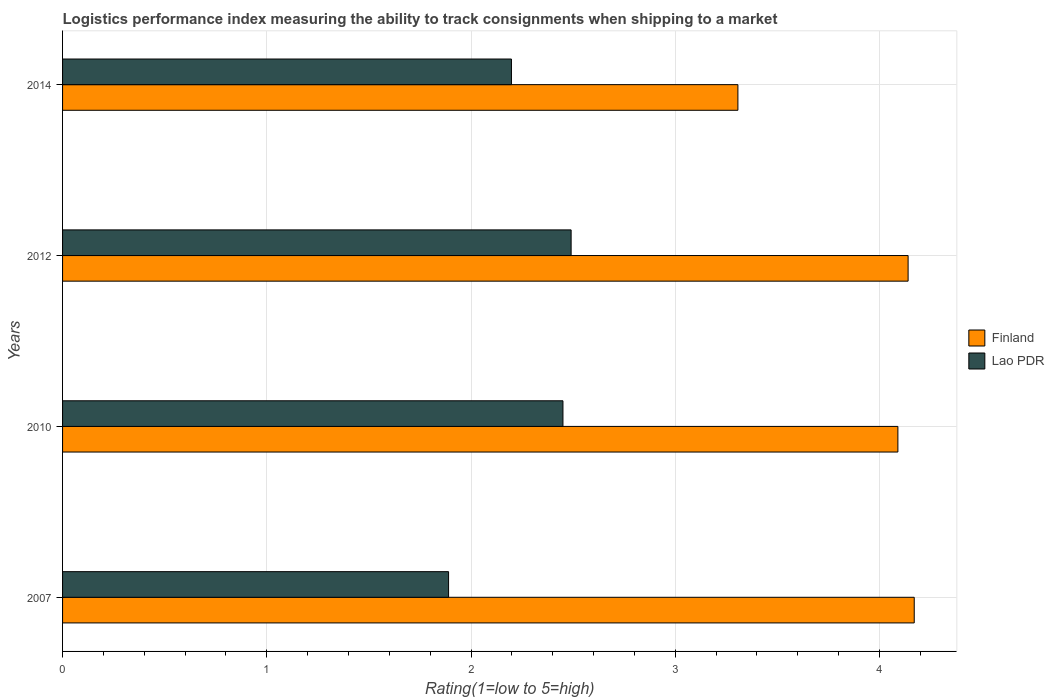
| Years | Finland | Lao PDR |
 | --- | --- | --- |
 | 2007 | 4.17 | 1.89 |
 | 2010 | 4.09 | 2.45 |
 | 2012 | 4.14 | 2.49 |
 | 2014 | 3.31 | 2.2 |